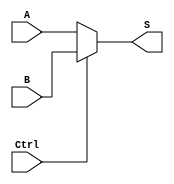
`timescale 1ns / 1ps
//////////////////////////////////////////////////////////////////////////////////
// Company: 
// Engineer: 
// 
// Design Name: 
// Module Name:    clock_mux_2 
// Project Name: 
// Target Devices: 
// Tool versions: 
// Description: 
//
// Dependencies: 
//
// Revision: 
// Revision 0.01 - File Created
// Additional Comments: 
//
//////////////////////////////////////////////////////////////////////////////////
//N-1
module clock_mux_2(A, B, Ctrl, S);
	parameter N=32;
	input wire[N-1:0] A, B;
	input wire Ctrl;
	output wire[N-1:0] S;
	assign S = (Ctrl == 1'b0) ? A : B;
endmodule